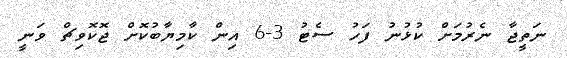
ނަތީޖާ ނެރުމަށް ކުޅުނު ފަހު ސެޓު 3-6 އިން ކާމިޔާބުކޮށް ޖޮކޮވިޗް ވަނީ